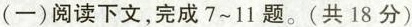
(一)阅读下文，完成7-11题。(共18分)